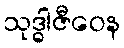
သုဒ္ဓါဇီဝေန